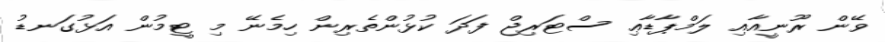
ވޭން ރޫނީއާއި ލަމްޕާޑާޢި ސްޓަރިޖް ފަދަ ކުޅުންތެރިން ހިމެނޭ މި ޓީމުން އަޅުގަނޑު